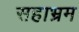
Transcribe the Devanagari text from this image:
सहाभ्रम